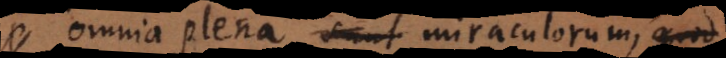
omnia plena sunt uti miraculorum, quod